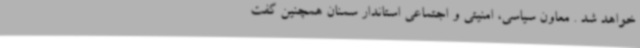
خواهد شد . معاون سیاسی، امنیتی و اجتماعی استاندار سمنان همچنین گفت